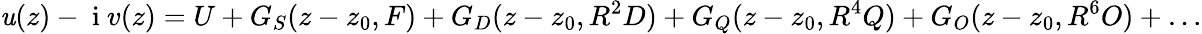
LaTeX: \mathit{u}(z)-\mathrm{{~i~}}v(z)=U+G_{S}(z-z_{0},F)+G_{D}(z-z_{0},R^{2}D)+G_{Q}(z-z_{0},R^{4}Q)+G_{O}(z-z_{0},R^{6}O)+\dots